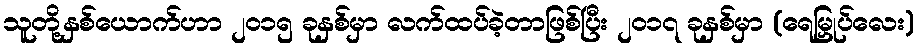
သူတို့နှစ်ယောက်ဟာ ၂၀၁၅ ခုနှစ်မှာ လက်ထပ်ခဲ့တာဖြစ်ပြီး ၂၀၁၇ ခုနှစ်မှာ (ရေမြှုပ်လေး)